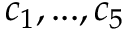
c _ { 1 } , . . . , c _ { 5 }